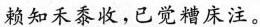
赖知禾黍收，已觉糟床注。